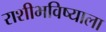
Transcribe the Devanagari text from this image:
राशीभविष्याला